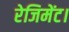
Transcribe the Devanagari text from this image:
रेजिमेंट।